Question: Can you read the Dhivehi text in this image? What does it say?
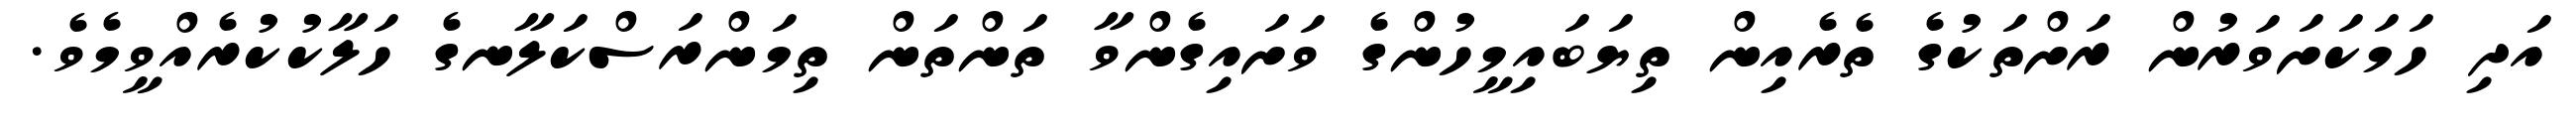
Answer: އަދި ހަމަކަށަވަރުން ރަށްތަކުގެ ތެރެއިން ތިޔަބައިމީހުންގެ ވަށައިގެންވާ ތަންތަން ތިމަންރަސްކަލާނގެ ހަލާކުކުރެއްވީމެވެ.